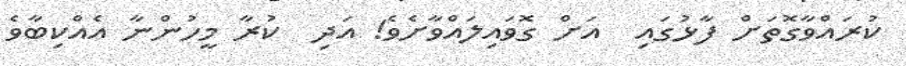
ކުރައްވާގޮތަށް ފާޅުގައި  އަށް ގޮވައިލައްވާށެވެ! އަދި  ކުރާ މީހުންނާ އެއްކިބާވެ